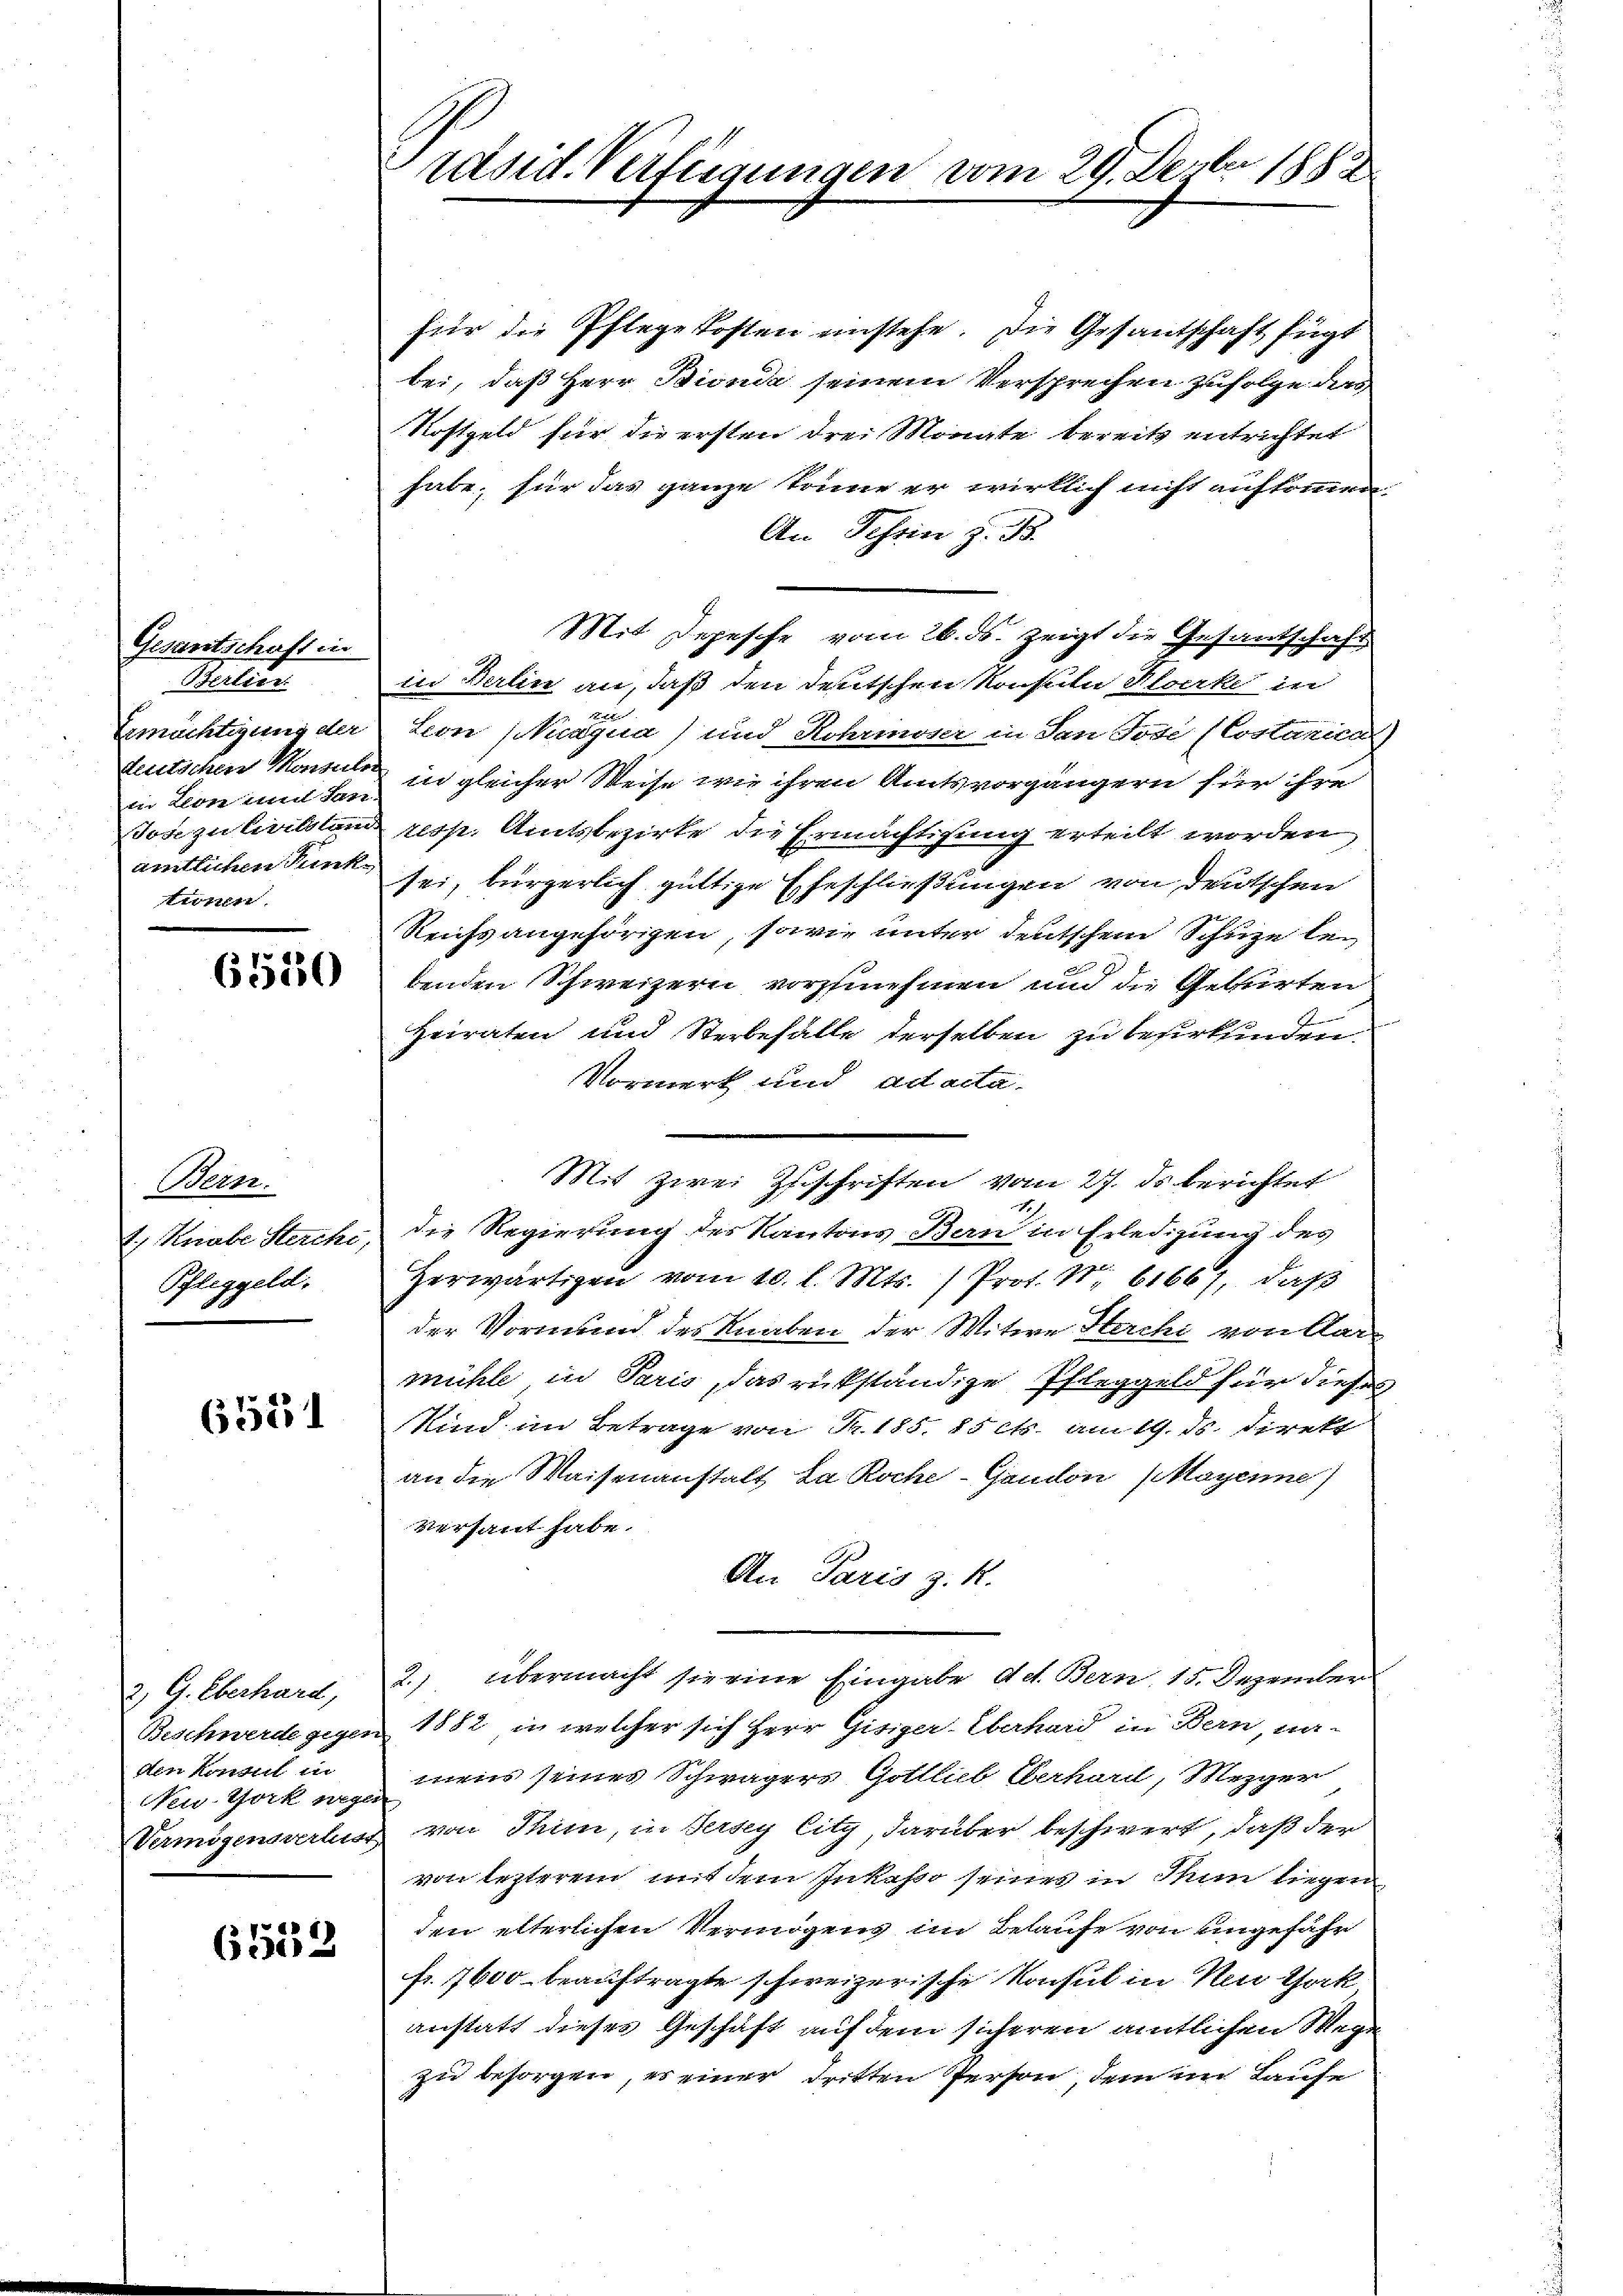
Gesantschaft in
Sulter
Ermächtigung der
teutschen Konsulen
in kon und fan
Toa zu leistum
ämtlichen Punkhnn.

6530

Bonm.
1., Knabe Stercke,
Pfleggeld.

6551

2, G. Eberhard,
Beschwerde gegen
den Konseit
New-York wegen
Vermögensverlust

d
13.10

rasid. Verfügungen vom 29. Dester 1883.

für die Pflege kosten einstehe. Die Gesantschaft fügt
bei, daß Herr Bionda seinem Versprechen zufolge ders
Kostgeld für die ersten drei Monate bereits entrichtet
habe, für das ganze könne er wirklich nicht aufkommen.
An Schrin z. B.
Mit Depesche vom 26. ds. zeigt die Gesantschaft
in Balin an, daß den deutschen Konsuln Stocke in
Leon siaqua) und Rohrmoser in den Tode (Costaria
in gleicher Weise wie ihren Amtsvorgängern für ihre
ros. Amtsbezirke die Ermächtigung erteilt worden
sei, bürgerlich güttige Eheschließungen von deutschen
Reichs angehörigen, sowie unter deutschem Schuze lei
benden Schweizern vorzunehmen und die Geburten
Heiraten und Sterbefalle derselben zu beurkunden.
Vormerk und ad acta.
Mit zwei Zuschriften vom 27. ds berichtet
die Regierung des Kantons Ban in Erledigung des
Herwärtigen vom 10. l. Mts. (Prot. N. 61667, daβ
der Vormund des Knaben der Witwe Sache von Aar
mühle in Paris, das rückständige Pfleggeld für dieses
Kind im Betrage von Fr. 185. 15 ctr. am 19. ds. direkt
an die Waisenanstalt da Roche - Gandon (Moyenne,
Versant habe.
An Paris z. R.
übermacht sie eine Eingabe ad. Bern, 15. Dezember
2
1882 in welcher sich Herr Gisiger-Eberhard in Bern, na-
mens seines Schwägers Gottlieb Eberhard, Mezger
von Thim, in dersplitz, darüber beschwert, daß der
von lezterem mit dem Inkesto seines in Thun liegen
den elterlichen Vermögens im Belaufe von ungefähr
fr. 1600 beauftragte schweizerische Konsul in New York
anstatt dieses Geschäft auf dem sicheren amtlichen Wegzu besorgen, es einer dritten Person, dem im Laufe